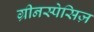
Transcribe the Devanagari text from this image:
ग्रीनस्पेसिज़